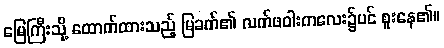
မြေကြီးသို့ ထောက်ထားသည့် မြခက်၏ လက်ဖဝါးကလေး၌ပင် စူးနေ၏။